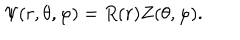
LaTeX: \Psi ( r , \theta , \varphi ) = R ( r ) Z ( \theta , \varphi ) .